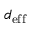
d _ { \mathrm { e f f } }